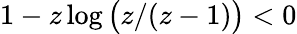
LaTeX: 1-z\log\big(z/(z-1)\big)<0